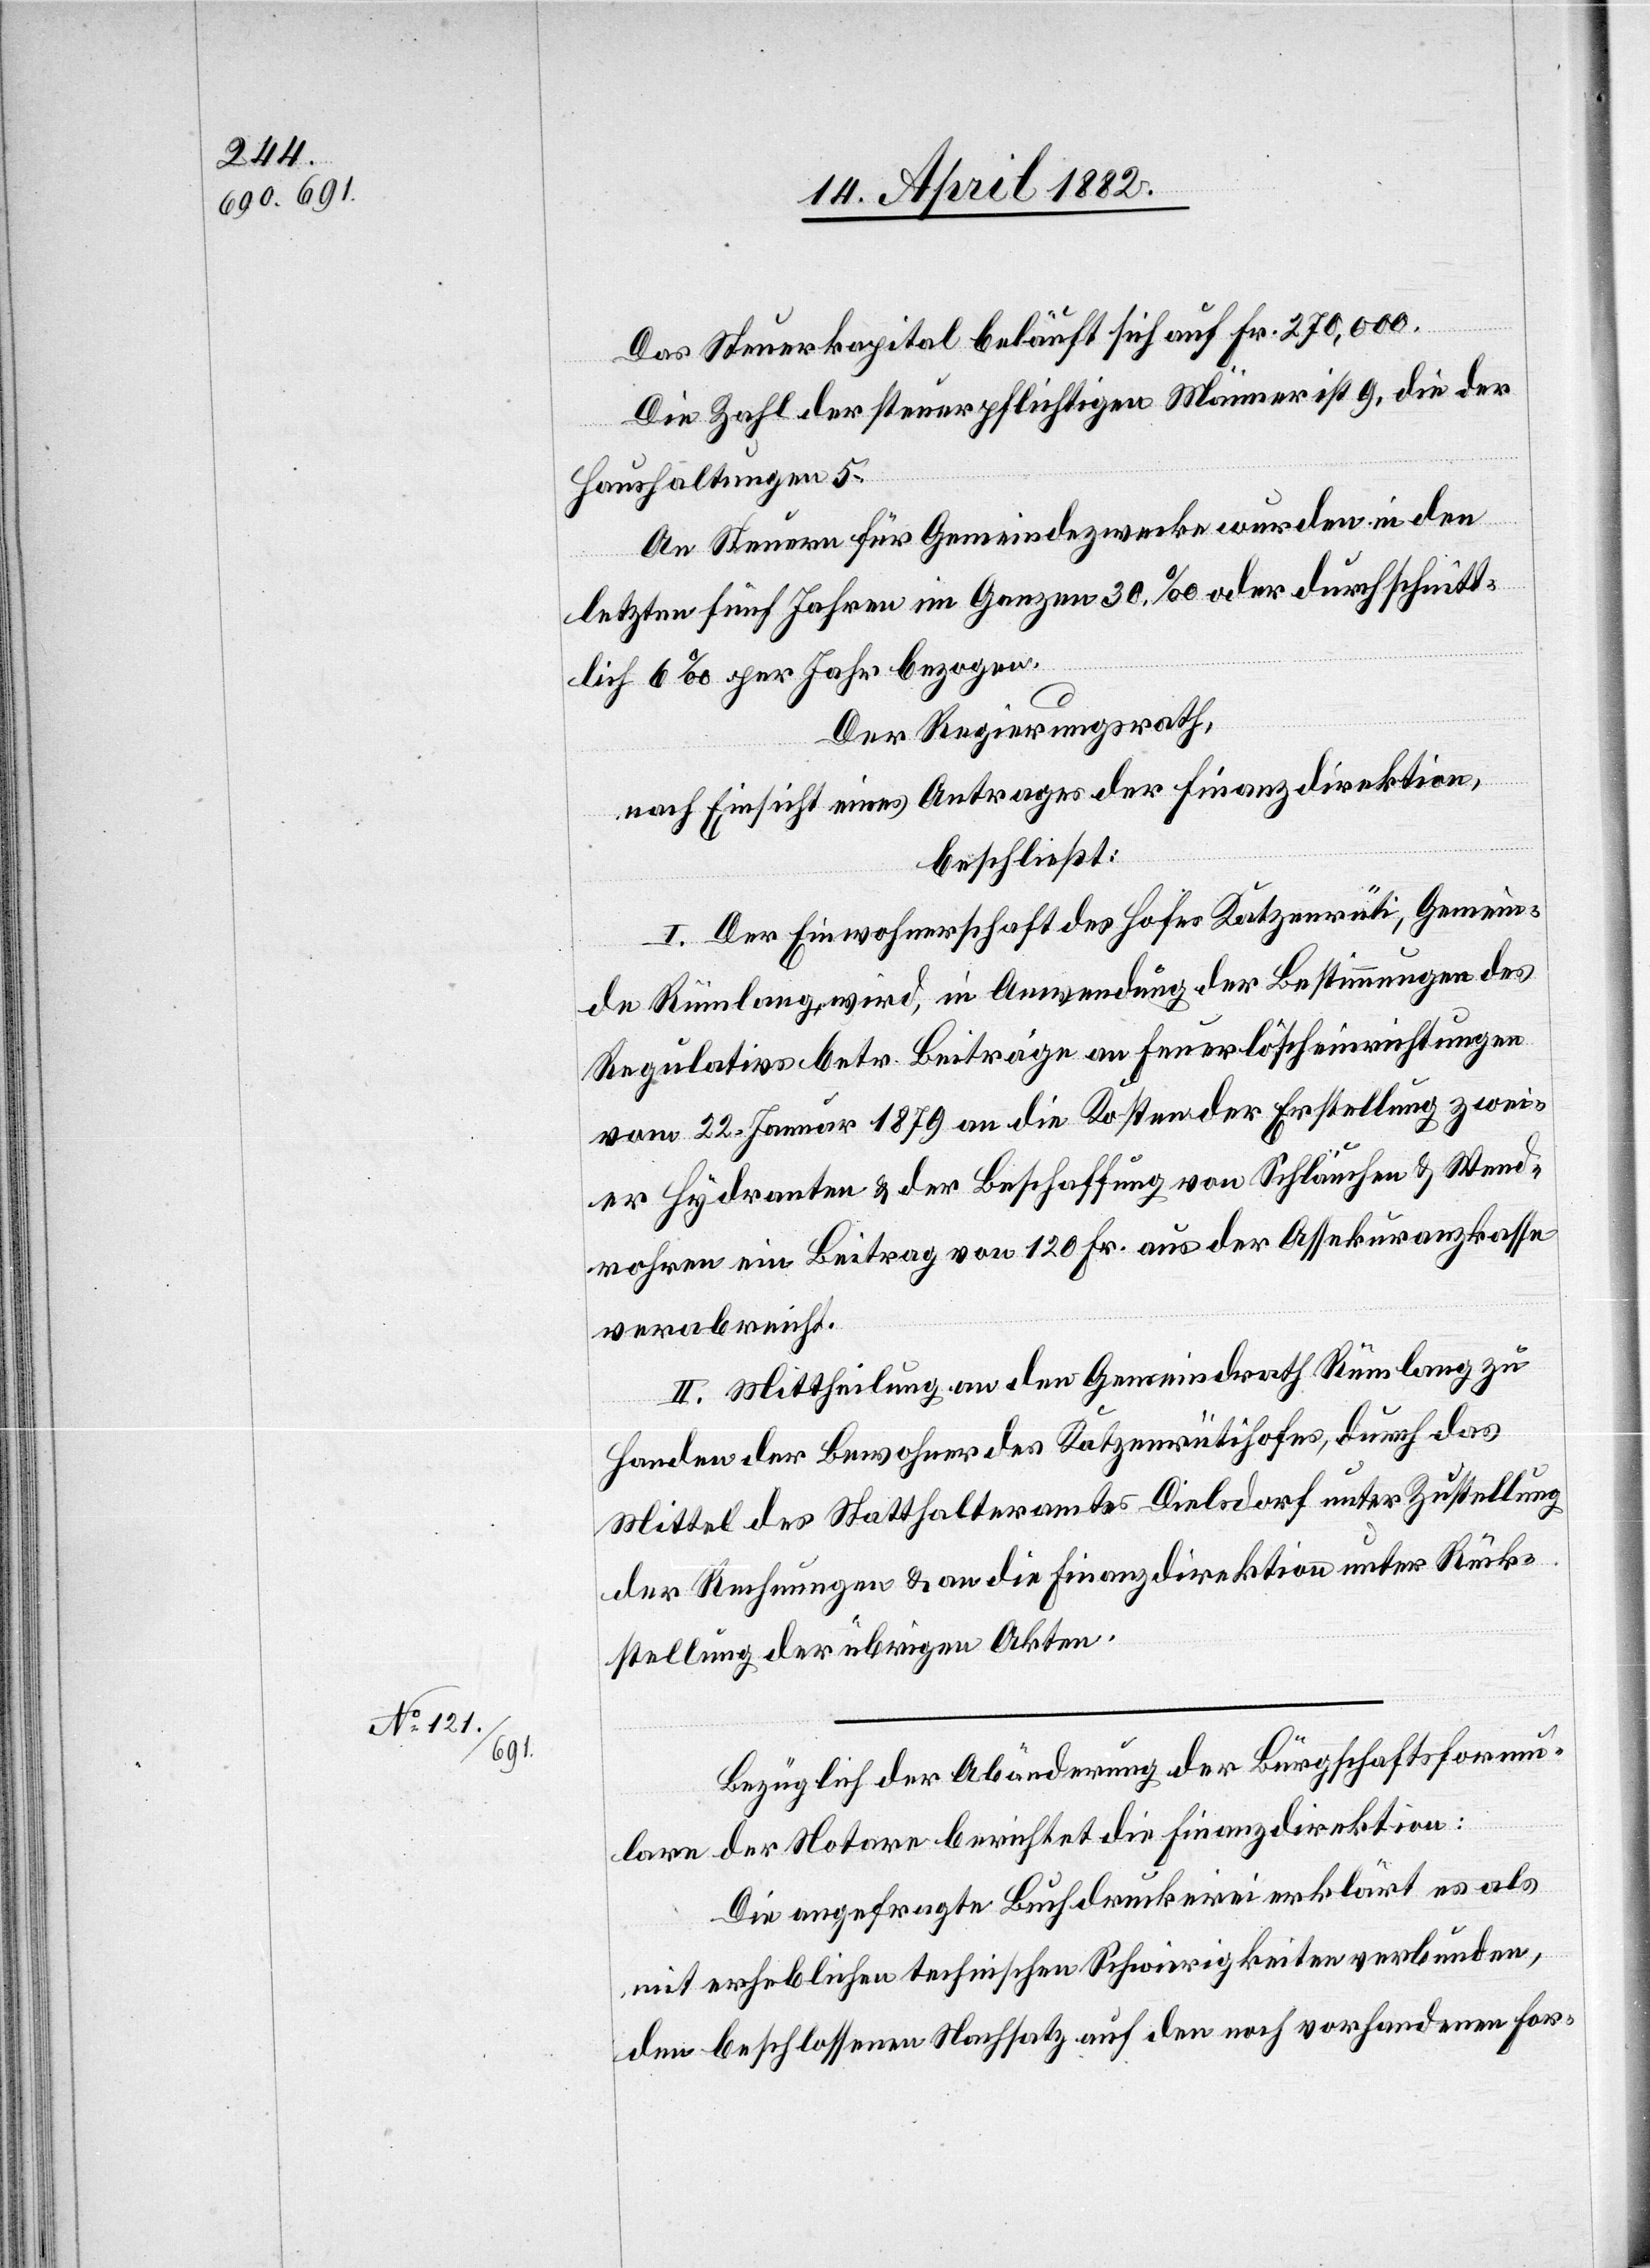
Das Steuerkapital beläuft sich auf Fr. 270,000.
Die Zahl der steuerpflichtigen Männer ist 9, die der
Haushaltungen 5.
An Steuern für Gemeindezwecke wurden in den
letzten fünf Jahren im Ganzen 30‰ oder durchschnitt¬
lich 6‰ per Jahr bezogen.
Der Regierungsrath,
nach Einsicht eines Antrages der Finanzdirektion,
beschließt:
I. Der Einwohnerschaft des Hofes Katzenrüti, Gemein¬
de Rümlang, wird, in Anwendung der Bestimmungen des
Regulativs betr. Beiträge an Feuerlöscheinrichtungen
vom 22. Januar 1879 an die Kosten der Erstellung zwei¬
er Hydranten & der Beschaffung von Schläuchen & Wend¬
rohren ein Beitrag von 120 Fr. aus der Assekuranzkasse
verabreicht.
II. Mittheilung an den Gemeindrath Rümlang zu
Handen der Bewohner des Katzenrütihofes, durch das
Mittel des Statthalteramtes Dielsdorf unter Zustellung
der Rechnungen & an die Finanzdirektion unter Rück¬
stellung der übrigen Akten.
Bezüglich der Abänderung der Bürgschaftsformu¬
lare der Notare berichtet die Finanzdirektion:
Die angefragte Buchdruckerei erklärt es als
mit erheblichen technischen Schwierigkeiten verbunden,
den beschlossenen Nachsatz auf den noch vorhandenen For-